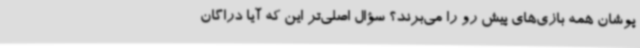
‌پوشان همه بازی‌های پیش‌ رو را می‌برند؟ سؤال اصلی‌تر این که آیا دراگان